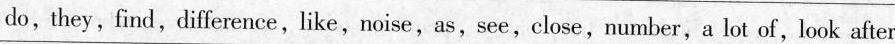
do,they,find, difference, like,noise,as,see,close,number,a lot of, look after